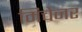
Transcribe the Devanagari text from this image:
मिचेनर